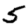
Digit: 5